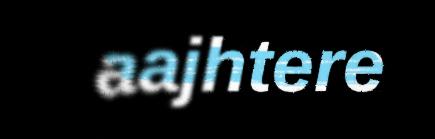
aajhtere